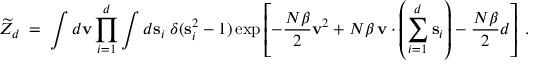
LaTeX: \widetilde { Z } _ { d } \; = \; \int d { \bf v } \prod _ { i = 1 } ^ { d } \int d { \bf s } _ { i } \; \delta ( { \bf s } _ { i } ^ { 2 } - 1 ) \exp \left[ - { \frac { N \beta } { 2 } } { \bf v } ^ { 2 } + N \beta \, { \bf v } \cdot \left( \sum _ { i = 1 } ^ { d } { \bf s } _ { i } \right) - { \frac { N \beta } { 2 } } d \right] \; .